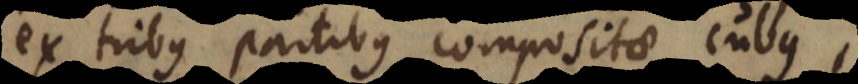
ex tribus partibus compositae cubus,